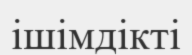
ішімдікті